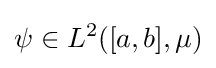
\psi \in L^{2}([a,b],\mu )